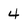
Character: 4